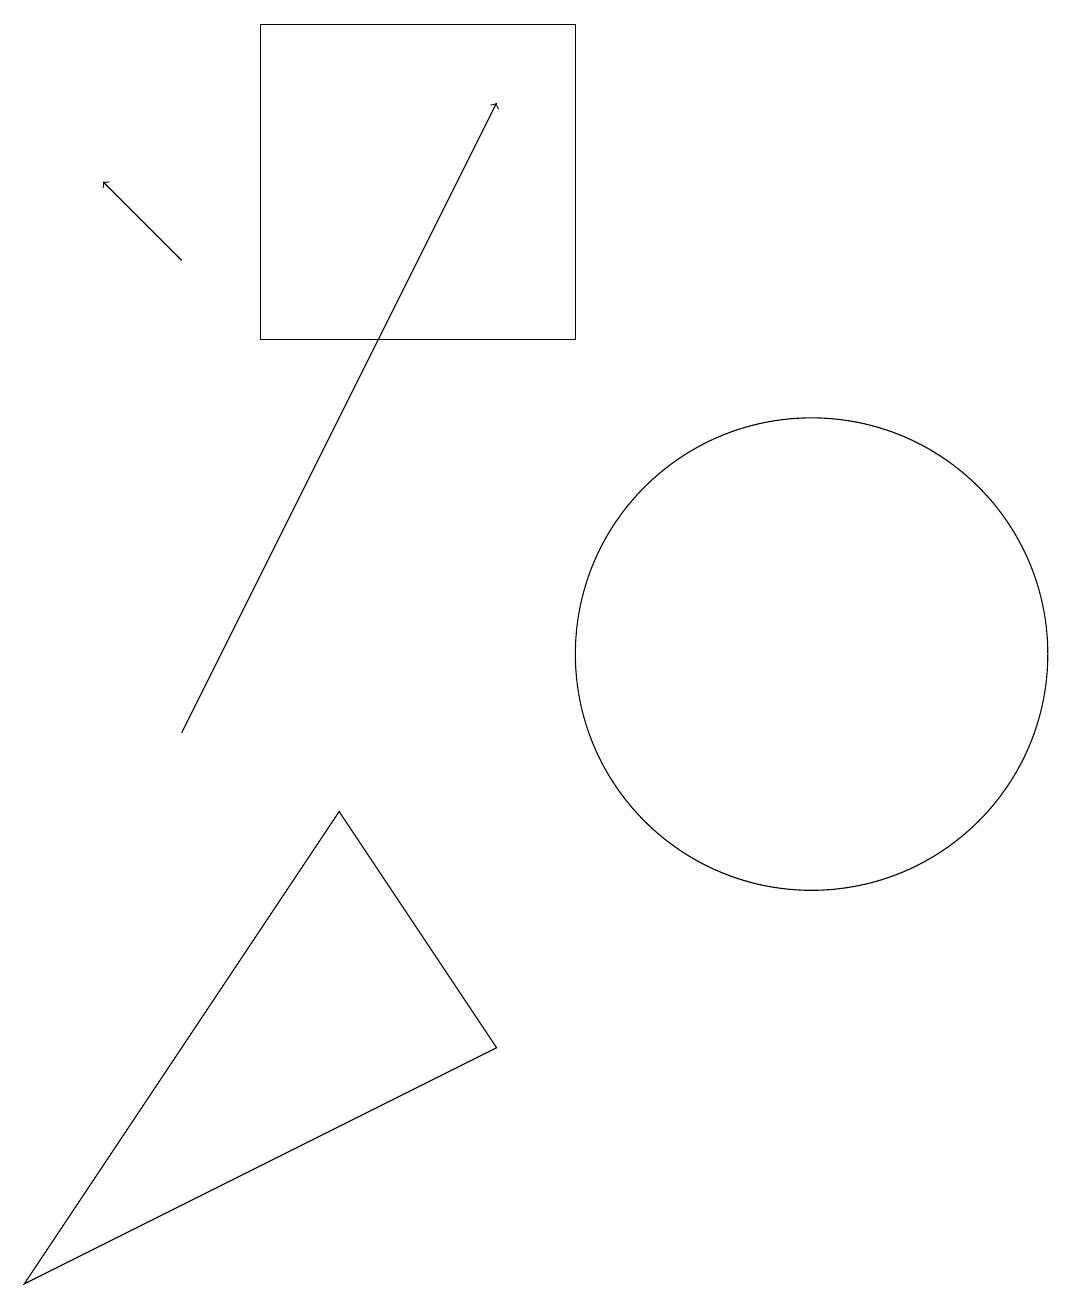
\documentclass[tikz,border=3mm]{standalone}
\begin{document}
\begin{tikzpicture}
\draw (0,3) -- (4,9) -- (6,6) -- cycle;
\draw (7,19) rectangle (3,15);
\draw[->] (2,10) -- (6,18);
\draw (10,11) circle (3);
\draw[->] (2,16) -- (1,17);
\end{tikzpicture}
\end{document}